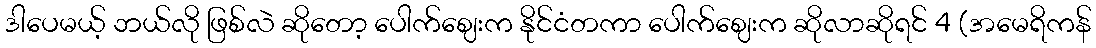
ဒါပေမယ့် ဘယ်လို ဖြစ်လဲ ဆိုတော့ ပေါက်ဈေးက နိုင်ငံတကာ ပေါက်ဈေးက ဆိုလာဆိုရင် 4 (အမေရိကန်